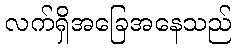
လက်ရှိအခြေအနေသည်